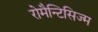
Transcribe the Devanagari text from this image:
रोमैन्टिसिज्म